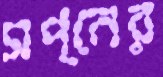
সপ্নের